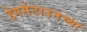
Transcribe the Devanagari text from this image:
हेगर्सटाउनच्या